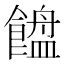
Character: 𱃯